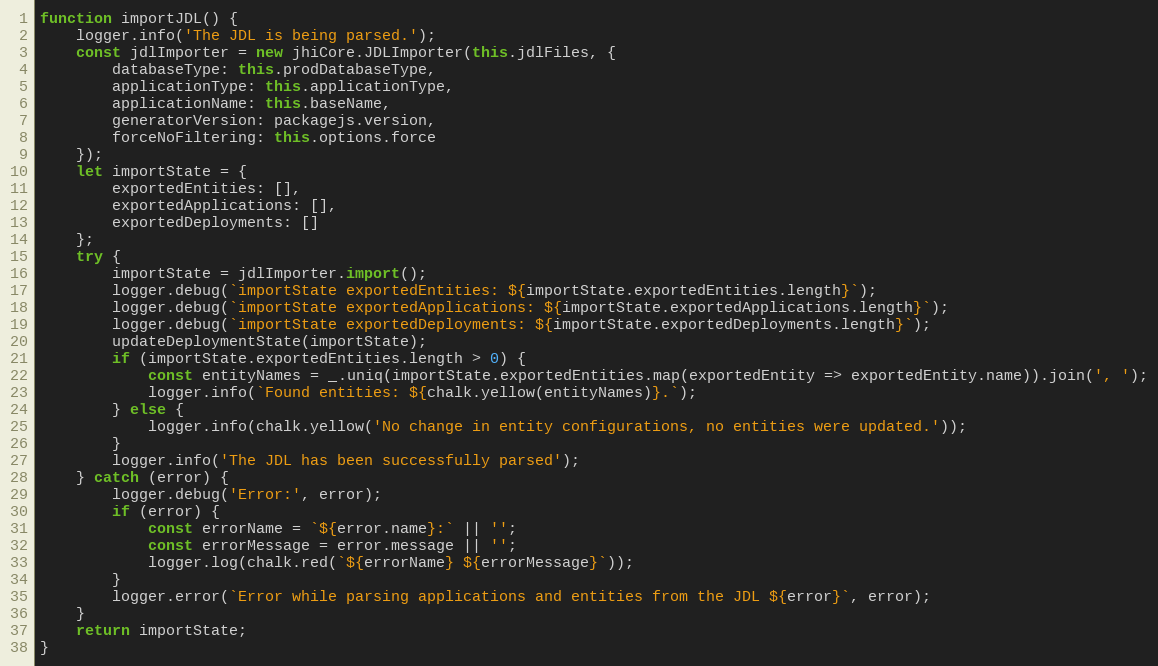
Language: JavaScript
function importJDL() {
    logger.info('The JDL is being parsed.');
    const jdlImporter = new jhiCore.JDLImporter(this.jdlFiles, {
        databaseType: this.prodDatabaseType,
        applicationType: this.applicationType,
        applicationName: this.baseName,
        generatorVersion: packagejs.version,
        forceNoFiltering: this.options.force
    });
    let importState = {
        exportedEntities: [],
        exportedApplications: [],
        exportedDeployments: []
    };
    try {
        importState = jdlImporter.import();
        logger.debug(`importState exportedEntities: ${importState.exportedEntities.length}`);
        logger.debug(`importState exportedApplications: ${importState.exportedApplications.length}`);
        logger.debug(`importState exportedDeployments: ${importState.exportedDeployments.length}`);
        updateDeploymentState(importState);
        if (importState.exportedEntities.length > 0) {
            const entityNames = _.uniq(importState.exportedEntities.map(exportedEntity => exportedEntity.name)).join(', ');
            logger.info(`Found entities: ${chalk.yellow(entityNames)}.`);
        } else {
            logger.info(chalk.yellow('No change in entity configurations, no entities were updated.'));
        }
        logger.info('The JDL has been successfully parsed');
    } catch (error) {
        logger.debug('Error:', error);
        if (error) {
            const errorName = `${error.name}:` || '';
            const errorMessage = error.message || '';
            logger.log(chalk.red(`${errorName} ${errorMessage}`));
        }
        logger.error(`Error while parsing applications and entities from the JDL ${error}`, error);
    }
    return importState;
}